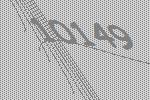
10149